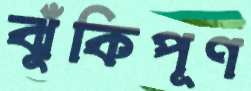
ঝুঁকিপূণ